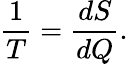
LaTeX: {\frac{1}{T}}={\frac{dS}{dQ}}.